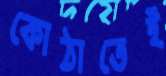
কোঠাতেই